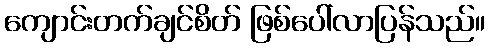
ကျောင်းတက်ချင်စိတ် ဖြစ်ပေါ်လာပြန်သည်။